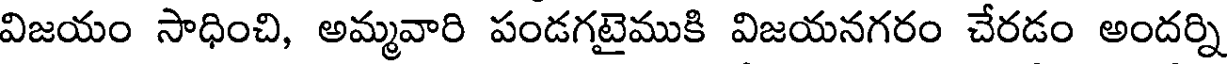
విజయం సాధించి, అమ్మవారి పండగటైముకి విజయనగరం చేరడం అందర్ని